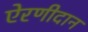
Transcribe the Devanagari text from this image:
ऐरणीदान